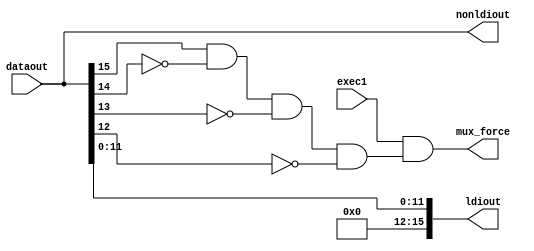
module FORCE
(
input exec1,
input [15:0] dataout,


output [15:0] ldiout,
output [15:0] nonldiout,
output mux_force
);

wire LDI,LSR,LSL;
assign LDI = dataout[15] & ~dataout[14] & ~dataout[13] & ~dataout[12];
assign mux_force = exec1 & LDI;
assign nonldiout = dataout;
assign ldiout[11:0] = dataout[11:0];
assign ldiout[15:12] = 0;

endmodule